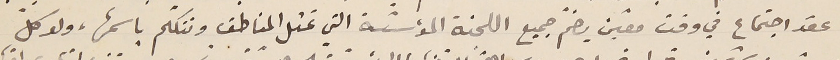
عقد اجتماع في وقت معيّن يضمّ جميع اللجنة المؤسّسة التي تمثل المناطق وتتكلم باسمها، ولو كلّ